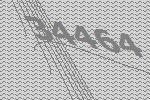
34464